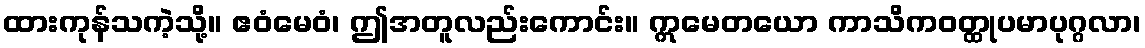
ထားကုန်သကဲ့သို့။ ဧဝံမေဝံ၊ ဤအတူလည်းကောင်း။ ဣမေတယော ကာသိကဝတ္ထုပမာပုဂ္ဂလာ၊